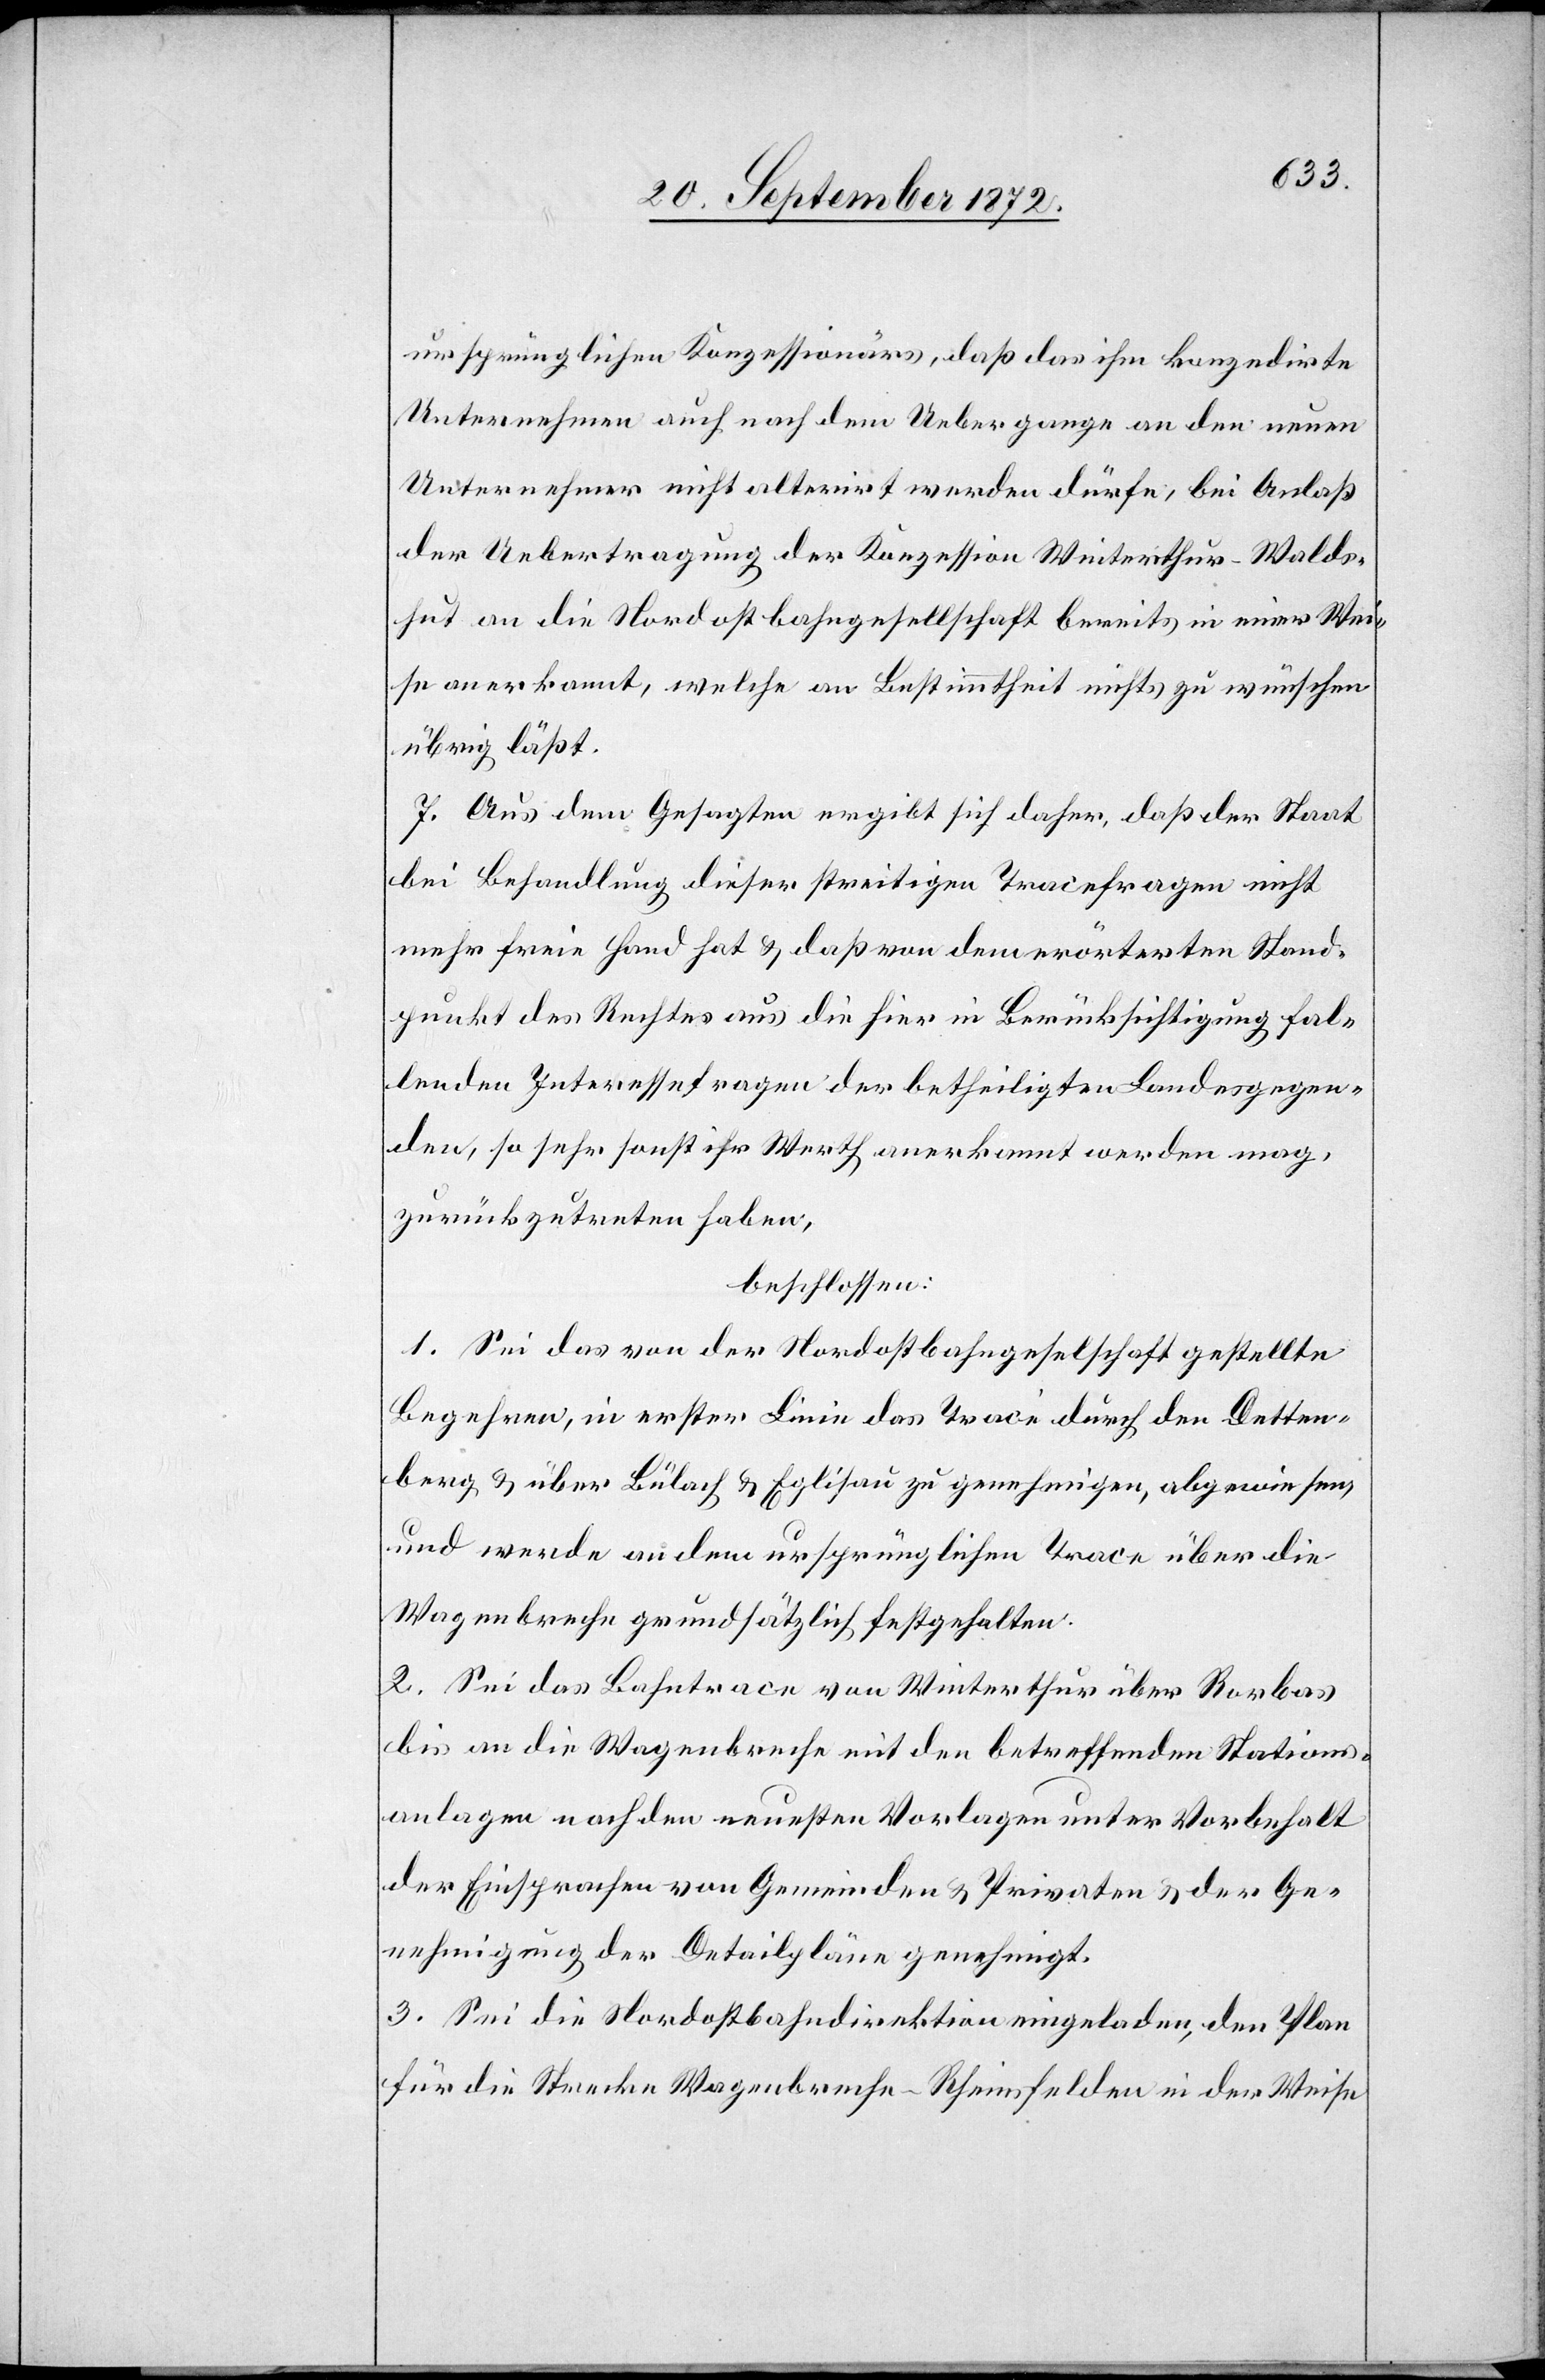
ursprünglichen Konzessionärs, daß das ihm konzedirte
Unternehmen auch nach dem Uebergange an den neuen
Unternehmer nicht alterirt werden dürfe, bei Anlaß
der Uebertragung der Konzession Winterthur–Walds¬
hut an die Nordostbahngesellschaft bereits in einer Wei¬
se anerkannt, welche an Bestimmtheit nichts zu wünschen
übrig läßt.
7. Aus dem Gesagten ergibt sich daher, daß der Staats
bei Behandlung dieser streitigen Tracefragen nicht
mehr freie Hand hat u. daß von dem erörterten Stand¬
punkt des Rechtes aus die hier in Berücksichtigung fal¬
lenden Interessenfragen der betheiligten Landesgegen¬
den, so sehr sonst ihr Werth anerkannt werden man,
zurückzutreten haben,
beschlossen:
1. Sei das von der Nordostbahngesellschaft gestellte
Begehren, in erster Linie das Tracé durch den Detten¬
berg u. über Bülach u. Eglisau zu genehmigen, abgewiesen
und es werde an dem ursprünglichen Trace über die
Wagenbreche grundsätzlich festgehalten.
2. Sei das Bahntrace von Winterthur über Rorbas
bis an die Wagenbreche mit den betreffenden Stations¬
anlagen nach den neuesten Vorlagen unter Vorbehalt
der Einsprachen von Gemeinden u. Privaten u. der Ge¬
nehmigung der Detailpläne genehmigt.
3. Sei die Nordostbahndirektion eingeladen, den Plan
für die Strecke Wagenbreche–Rheinsfelden in der Weise